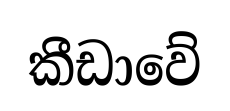
කීඩාවේ